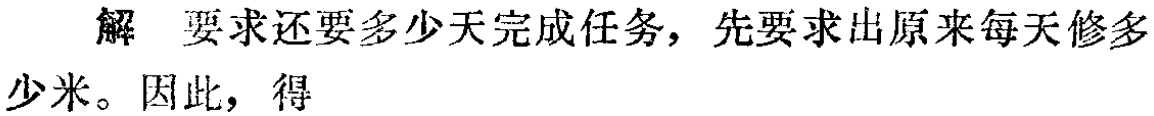
解 要求还要多少天完成任务, 先要求出原来每天修多少米。因此, 得